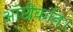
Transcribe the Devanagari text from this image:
ऑप्टीकॉन।